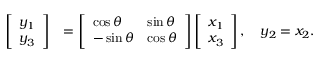
\begin{array} { r l } { \left[ \begin{array} { l } { y _ { 1 } } \\ { y _ { 3 } } \end{array} \right] } & { = \left[ \begin{array} { l l } { \cos \theta } & { \sin \theta } \\ { - \sin \theta } & { \cos \theta } \end{array} \right] \left[ \begin{array} { l } { x _ { 1 } } \\ { x _ { 3 } } \end{array} \right] , \quad y _ { 2 } = x _ { 2 } . } \end{array}